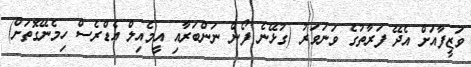
ވަޒީފާއަށް އެދޭ ފަރާތުގެ ވަނަވަރު (ގުޅޭނެ ފޯން ނަންބަރާއި އީމެއިލް އެޑްރެސް ހިމެނޭގޮތަށް)